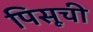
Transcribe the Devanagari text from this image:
पिसूची